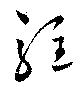
駐